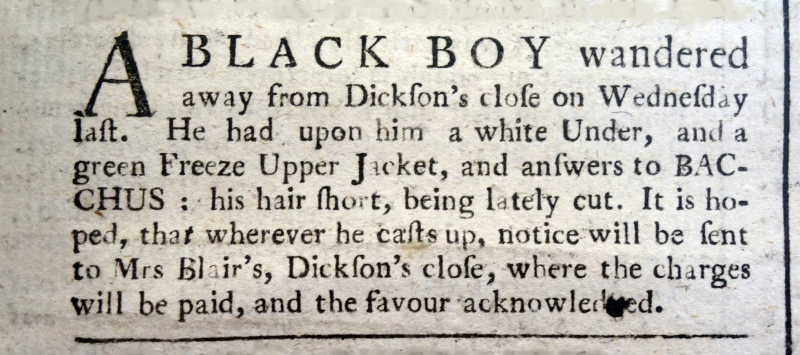
Edinburgh Evening Courant, 26 November 1764 (Scotland)
A BLACK BOY wandered away from Dickson’s close on Wednesday last. He had upon him a white Under, and a green Freeze Upper Jacket, and answers to BACCHUS: his hair short, being lately cut. It is hoped, that wherever he casts up, notice will be sent to Mrs Blair’s, Dickson’s close, where the charges will be paid, and the favour acknowledged.